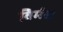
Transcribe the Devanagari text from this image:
विर्मश